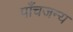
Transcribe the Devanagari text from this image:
पाँचजन्य